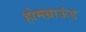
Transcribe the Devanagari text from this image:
होमग्राऊंड